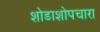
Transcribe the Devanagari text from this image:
शोडाशोपचारा